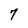
Character: 7